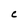
Character: C